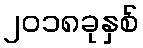
၂၀၁၈ခုနှစ်